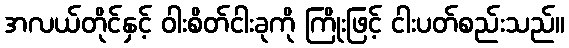
အလယ်တိုင်နှင့် ဝါးစိတ်ငါးခုကို ကြိုးဖြင့် ငါးပတ်စည်းသည်။